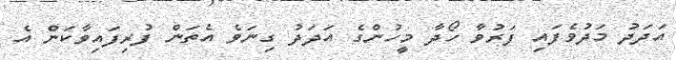
އަދަދު މަދުވެފައި ފަރުވާ ހޯދާ މީހުންގެ އަދަދު ގިނަވެ އެތަން ފުރިފައިވާކަން އެ